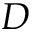
D